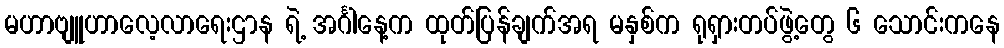
မဟာဗျူဟာလေ့လာရေးဌာန ရဲ့ အင်္ဂါနေ့က ထုတ်ပြန်ချက်အရ မနှစ်က ရုရှားတပ်ဖွဲ့တွေ ၆ သောင်းကနေ